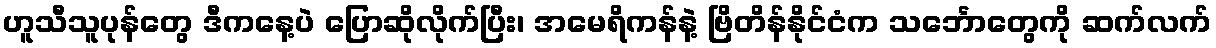
ဟူသီသူပုန်တွေ ဒီကနေ့ပဲ ပြောဆိုလိုက်ပြီး၊ အမေရိကန်နဲ့ ဗြိတိန်နိုင်ငံက သင်္ဘောတွေကို ဆက်လက်